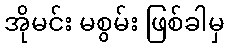
အိုမင်း မစွမ်း ဖြစ်ခါမှ